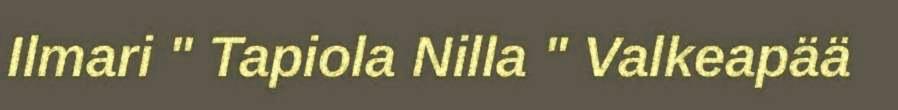
Ilmari " Tapiola Nilla " Valkeapää